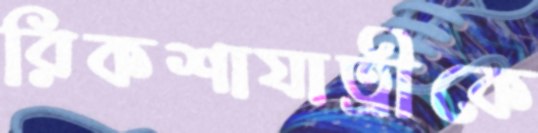
রিকশাযাত্রীকে